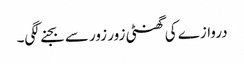
دروازے کی گھنٹی زور زور سے بجنے لگی۔